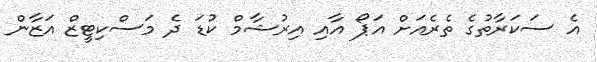
އެ ސަކަރާތުގެ ތެރެއަށް އަޕޯ އާއި އިރުޝާމް ކުޑަ ދެ މަސްކިޓީޒް އަޒާން